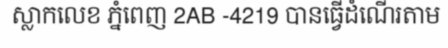
ស្លាកលេខ ភ្នំពេញ 2AB -4219 បានធ្វើដំណើរតាម